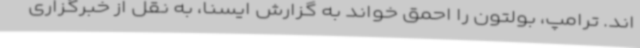
اند. ترامپ، بولتون را احمق خواند به گزارش ایسنا، به نقل از خبرگزاری